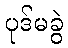
ပုဒ်မခွဲ